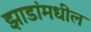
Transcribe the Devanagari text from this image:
झाडांमधील